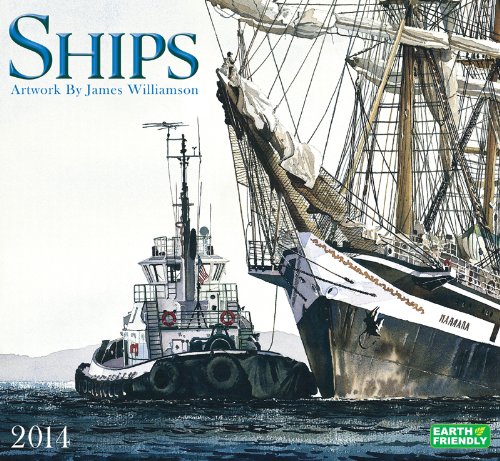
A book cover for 2014 Ships Deluxe Wall; Zebra Publishing Corp.; Calendars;